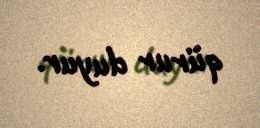
qürur duyur.